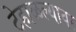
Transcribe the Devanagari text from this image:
टेहाळल्यावर